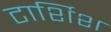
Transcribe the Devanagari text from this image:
टार्शिश